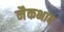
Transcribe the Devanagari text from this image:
नैकभाव